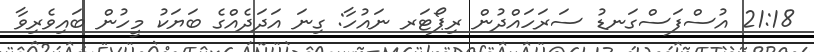
21:18 އުސްފަސްގަނޑު ސަރަހައްދުން ރިޕޯޓަރ ނައުހާ: ގިނަ އަދަދެއްގެ ބަޔަކު މީހުން ބައިވެރިވާ